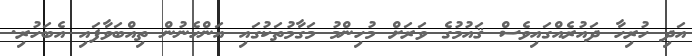
އަދި ހުރިހާ ދައުރެއްގައިވެސް ޤައުމުގެ ވަރަށް މުހިންމު މަގާމުތަކުގައި އަންހެނުން ތިއްބަވާފައި އެބަހުރި.